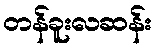
တန်ခူးလဆန်း